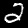
Digit: 2